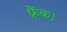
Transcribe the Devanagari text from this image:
फ्रैंक।